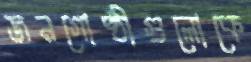
জনগোষ্ঠীগুলোকে